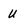
Character: U